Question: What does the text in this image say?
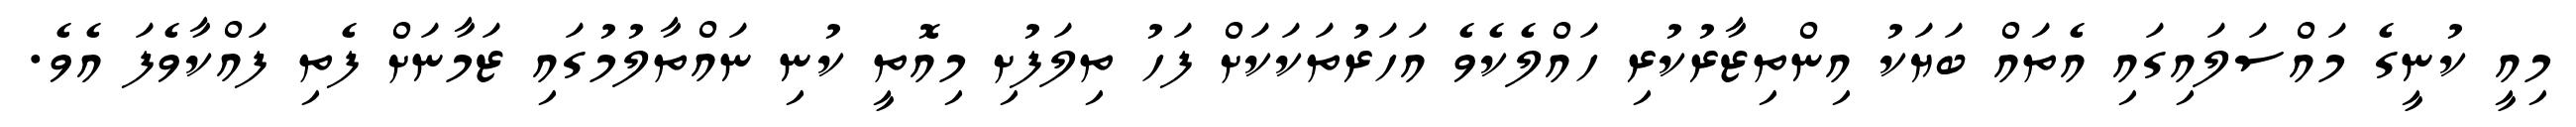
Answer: މިއީ ކުނީގެ މައްސަލައިގައި އެތައް ބަޔަކު އިންތިޒާރުކުރި ހައްލެކެވެ އަހަރުތަކަކަށް ފަހު ތިލަފުށި މިއޮތީ ކުނި ނައްތާލުމުގައި ޒަމާނަށް ފެތި ފައްކާވެފަ އެވެ.